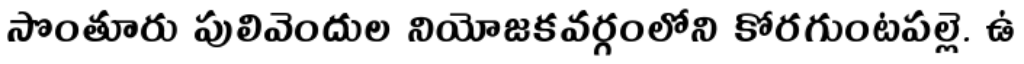
సొంతూరు పులివెందుల నియోజకవర్గంలోని కోరగుంటపల్లె. ఉ